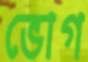
ভোগ